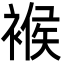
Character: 䙈